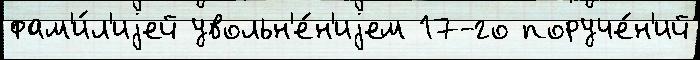
фам'и́л'иjей увольн'е́н'иjем 17-го поруче́н'ий